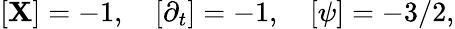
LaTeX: [\mathbf{X}]=-1,\quad[\partial_{t}]=-1,\quad[\psi]=-3/2,